Sketch of the medical history of the native army of Bombay, for the year
Year: 1875
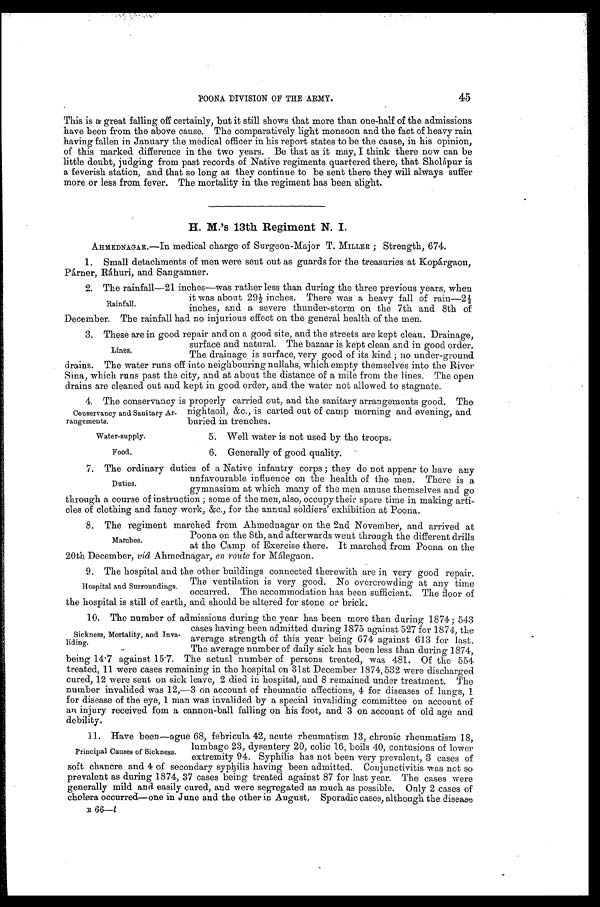
Water-supply.
Food.
45
POONA DIVISION OF THE ARMY.
This is a great falling off certainly, but it still shows that more than one-half of the admissions
have been from the above cause. The comparatively light monsoon and the fact of heavy rain
having fallen in January the medical officer in his report states to be the cause, in his opinion,
of this marked difference in the two years. Be that as it may, I think there now can be
little doubt, judging from past records of Native regiments quartered there, that Sholápur is
a feverish station, and that so long as they continue to be sent there they will always suffer
more or less from fever. The mortality in the regiment has been slight.
H. M.'s 13th Regiment N. I.
AHMEDNAGAR.—In medical charge of Surgeon-Major T. MILLER ; Strength, 674.
1. Small detachments of men were sent out as guards for the treasuries at Kopárgaon,
Párner, Ráhuri, and Sangamner.
2 . T h e r a i n f a l l — 2 1 i n c h e s — w a s r a t h e r l e s s t h a n d u r i n g t h e t h r e e p r e v i o u s y e a r s , w h e n
it was about 29½ inches. There was a heavy fall of rain—2½
inches, and a severe thunder-storm on the 7th and 8th of
December. The rainfall had no injurious effect on the general health of the men.
3. These are in good repair and on a good site, and the streets are kept clean. Drainage,
surface and natural. The bazaar is kept clean and in good order.
The drainage is surface, very good of its kind ; no under-ground
drains. The water runs off into neighbouring nullahs, which empty themselves into the River
Sina, which runs past the city, and at about the distance of a mile from the lines. The open.
drains are cleaned out and kept in good order, and the water not allowed to stagnate.
4 . T h e c o n s e r v a n c y i s p r o p e r l y c a r r i e d o u t , a n d t h e s a n i t a r y a r r a n g e m e n t s g o o d . T h e
nightsoil, &c., is carted out of camp morning and evening, and
buried in trenches.
Rainfall.
Lines.
Conservancy and Sanitary Ar
-rangements.
5. Well water is not used by the troops.
6. Generally of good quality.
7. The ordinary duties of a Native infantry corps ; they do not appear to have any
unfavourable influence on the health of the men. There is a
gymnasium at which many of the men amuse themselves and go
through a course of instruction ; some of the men, also, occupy their spare time in making arti-
-cles of clothing and fancy work, &c., for the annual soldiers' exhibition at Poona.
8. The regiment marched from Ahmednagar on the 2nd November, and arrived at
Poona on the 8th, and afterwards went through the different drills
at the Camp of Exercise there. It marched from Poona on the
20th December, viâ Ahmednagar, en route for Málegaon.
9. The hospital and the other buildings connected therewith are in very good repair.
The ventilation is very good. No overcrowding at any time
occurred. The accommodation has been sufficient. The floor of
the hospital is still of earth, and should be altered for stone or brick.
10. The number of admissions during the year has been more than during 1874 ; 543
cases having been admitted during 1875 against 527 for 1874, the
average strength of this year being 674 against 613 for last.
The average number of daily sick has been less than during 1874,
being 14.7 against 15.7. The actual number of persons treated, was 481. Of the 554
treated, 11 were cases remaining in the hospital on 31st December 1874, 532 were discharged
cured, 12 were sent on sick leave, 2 died in hospital, and 8 remained under treatment. The
number invalided was 12,—3 on account of rheumatic affections, 4 for diseases of lungs, 1
for disease of the eye, 1 man was invalided by a special invaliding committee on account of
an injury received fom a cannon-ball falling on his foot, and 3 on account of old age and
debility.
11. Have been—ague 68, febricula 42, acute rheumatism 13, chronic rheumatism 18,
lumbago 23, dysentery 20, colic 16, boils 40, contusions of lower
extremity 94. Syphilis has not been very prevalent, 3 cases of
soft chancre and 4 of secondary syphilis having been admitted. Conjunctivitis was not so
prevalent as during 1874, 37 cases being treated against 87 for last year. The cases were
generally mild and easily cured, and were segregated as much as possible. Only 2 cases of
cholera occurred—one in June and the other in August, Sporadic cases, although the disease
B 66—l
Duties.
Marches.
Hospital and Surroundings.
Sickness, Mortality, and Inva
-liding.
Principal Causes of Sickness.